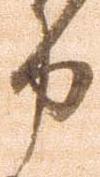
力